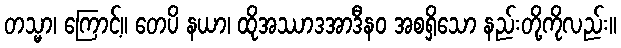
တသ္မာ၊ ကြောင့်။ တေပိ နယာ၊ ထိုအဿာဒအာဒီနဝ အစရှိသော နည်းတို့ကိုလည်း။